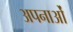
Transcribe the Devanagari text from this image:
अपनाओं